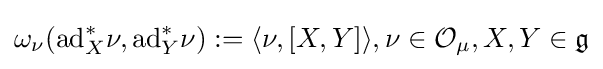
\omega _{\nu }(\mathrm {ad} _{X}^{*}\nu ,\mathrm {ad} _{Y}^{*}\nu ):=\langle \nu ,[X,Y]\rangle ,\nu \in {\mathcal {O}}_{\mu },X,Y\in {\mathfrak {g}}